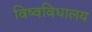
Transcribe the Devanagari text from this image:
विष्वविधालय